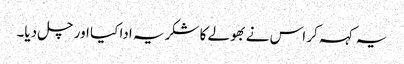
یہ کہہ کر اس نے بھولے کا شکریہ ادا کیا اور چل دیا۔